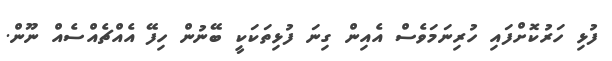
ފުޅި ހަރުކޮށްފައި ހުރިނަމަވެސް އެއިން ގިނަ ފުޅިތަކަކީ ބޭނުން ހިފޭ އެއްޗެއްސެއް ނޫން.